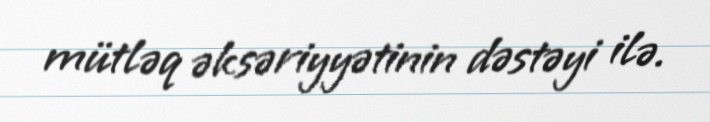
mütləq əksəriyyətinin dəstəyi ilə.